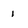
Character: i